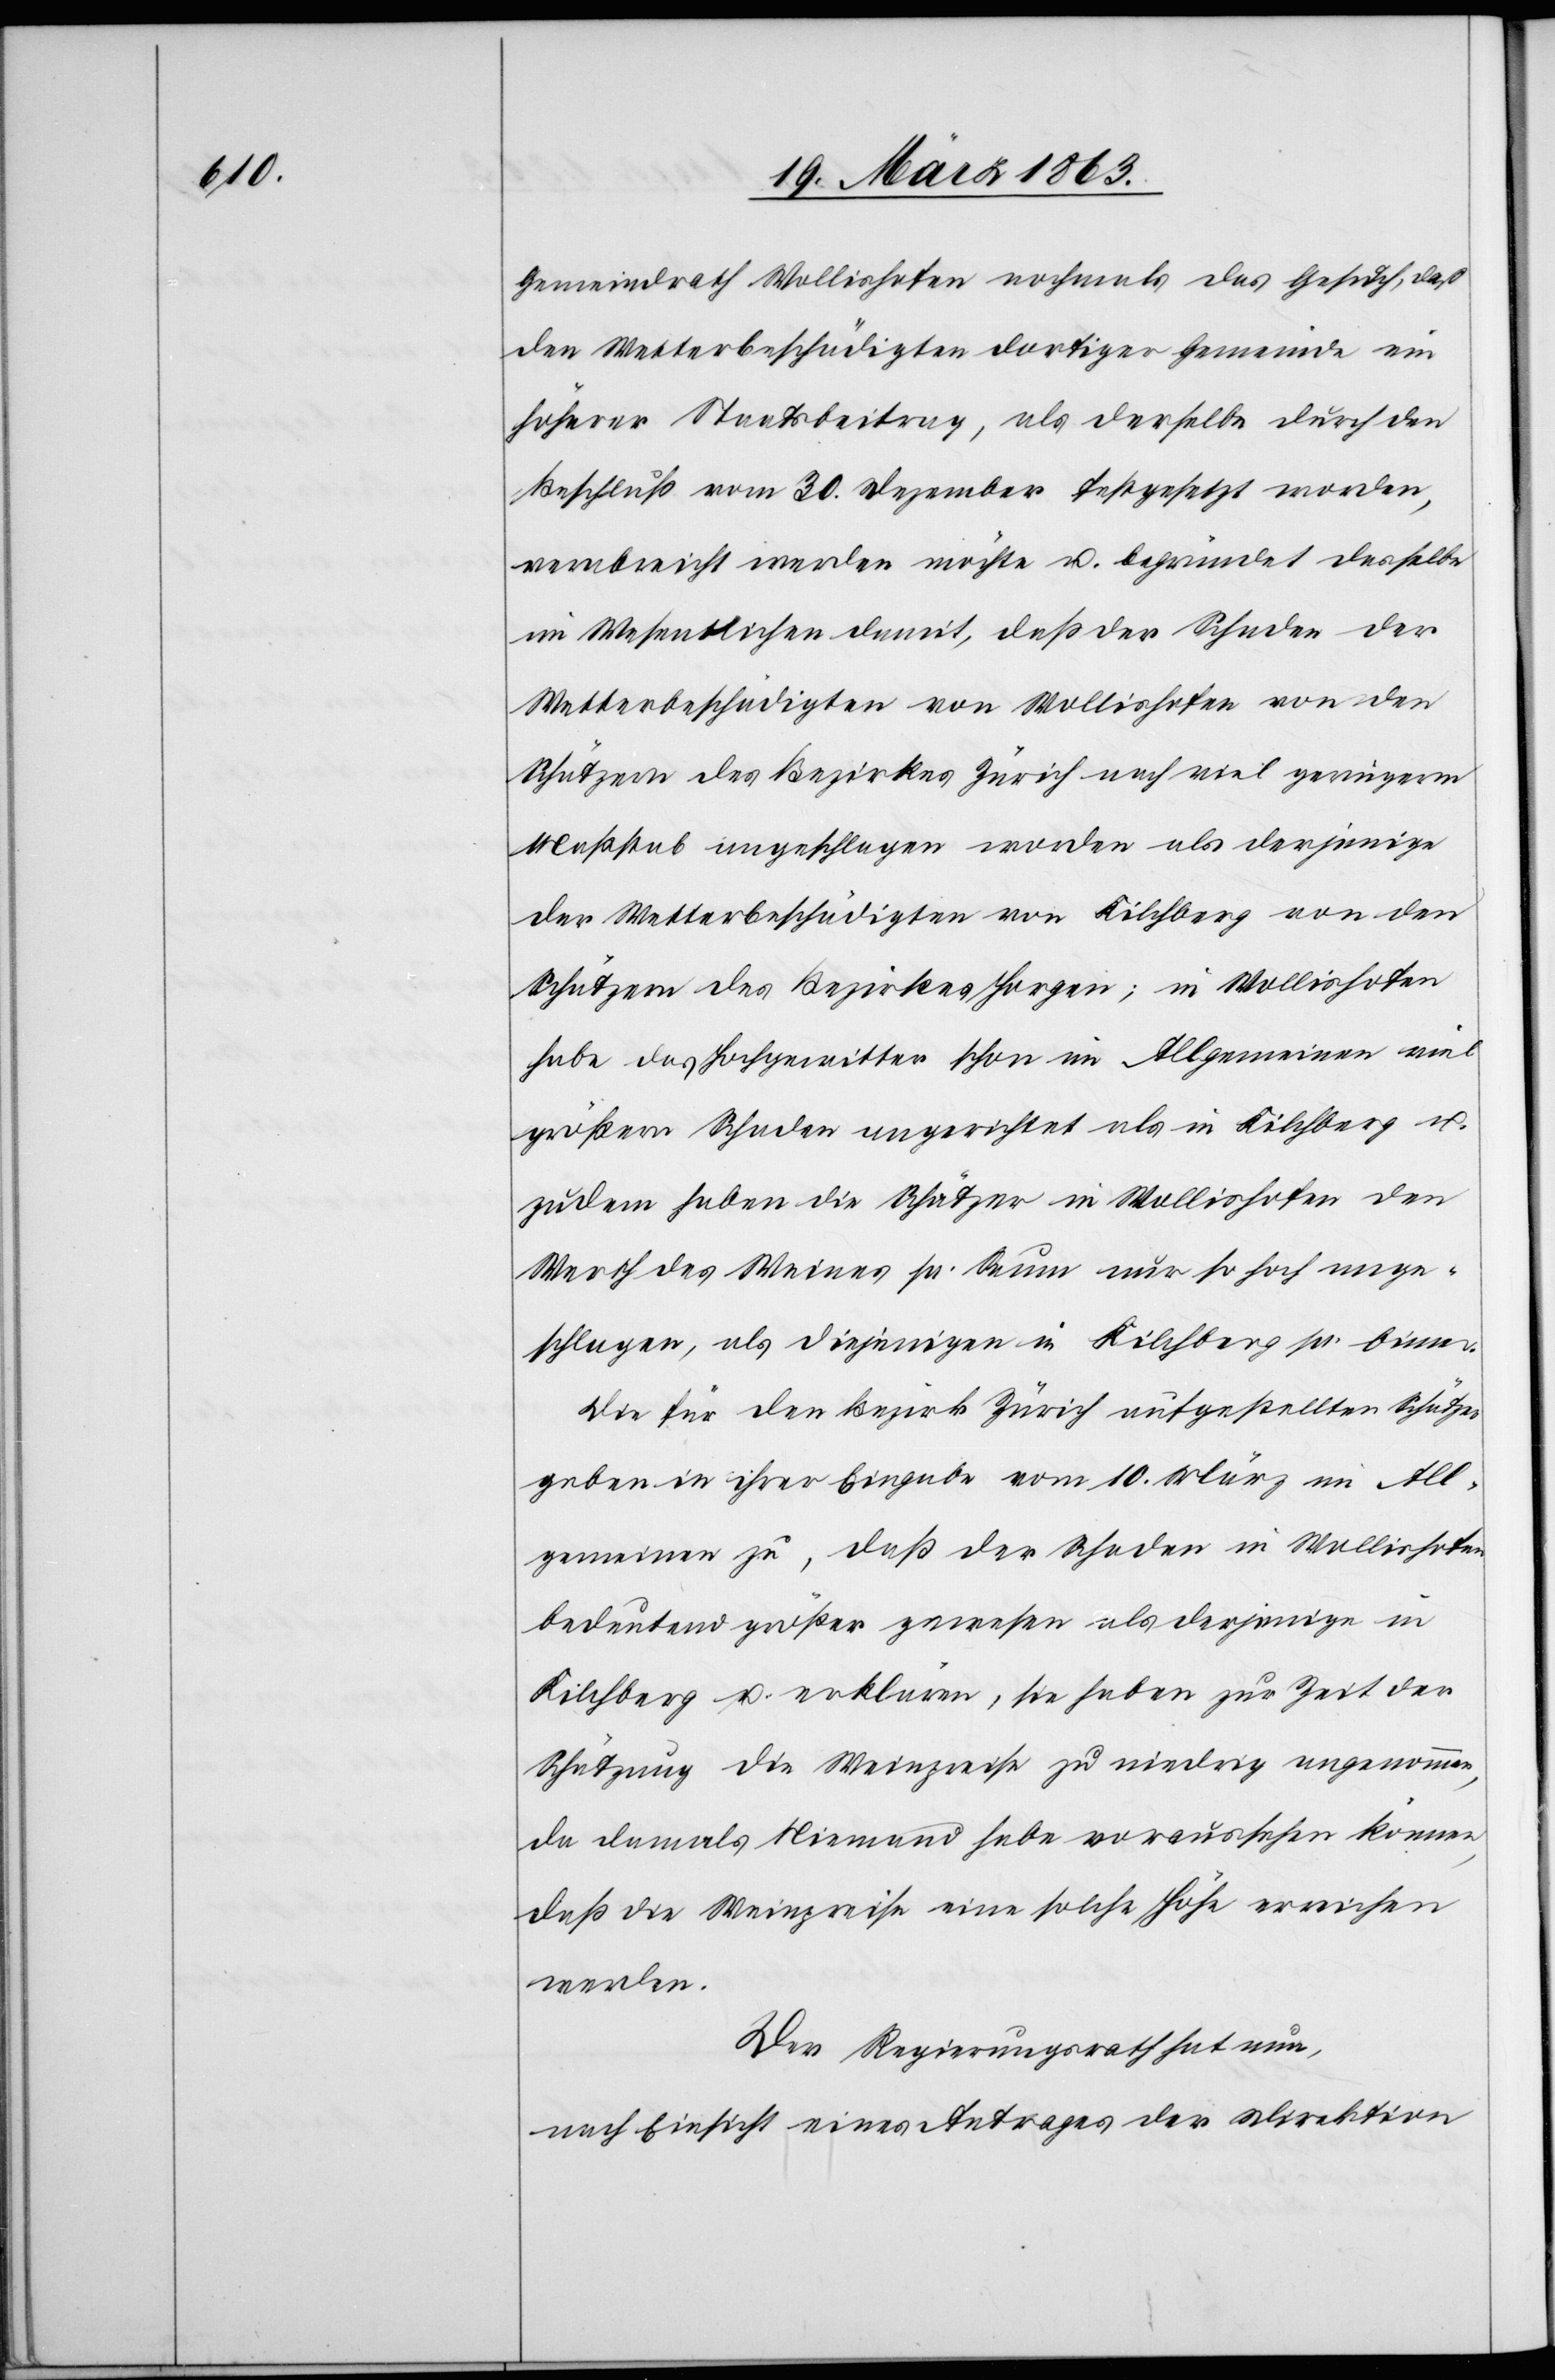
Gemeindrath Wollishofen nochmals das Gesuch, daß
den Wetterbeschädigten dortiger Gemeinde ein
höherer Staatsbeitrag, als derselbe durch den
Beschluß vom 30. Dezember festgesetzt worden,
verabreicht werden möchte u. begründet dasselbe
im Wesentlichen damit, daß der Schaden der
Wetterbeschädigten von Wollishofen von den
Schätzern des Bezirkes Zürich nach viel geringerm
Maßstab angeschlagen worden als derjenige
der Wetterbeschädigten von Kilchberg von den
Schätzern des Bezirkes Horgen; in Wollishofen
habe das Hochgewitter schon im Allgemeinen viel
größern Schaden angerichtet als in Kilchberg u.
zudem haben die Schätzer in Wollishofen den
Werth des Weines pr. Saum nur so hoch ange¬
schlagen, als diejenigen in Kilchberg pr. Eimer.
Die für den Bezirk Zürich aufgestellten Schätzer
geben in ihrer Eingabe vom 10. März im All¬
gemeinen zu, daß der Schaden in Wollishofen
bedeutend größer gewesen als derjenige in
Kilchberg u. erklären, sie haben zur Zeit der
Schätzung die Weinpreise zu niedrig angenommen,
da damals Niemand habe voraussehen können,
daß die Weinpreise eine solche Höhe erreichen
werden.
Der Regierungsrath hat nun,
nach Einsicht eines Antrages der Direktion